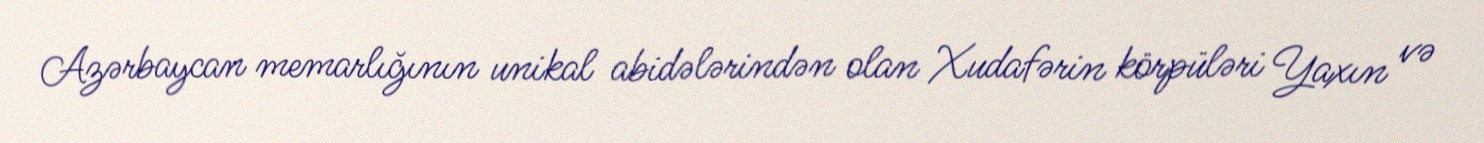
Azərbaycan memarlığının unikal abidələrindən olan Xudafərin körpüləri Yaxın və